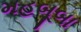
મહબૂબા